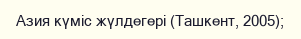
Азия күміс жүлдегері (Ташкент, 2005);